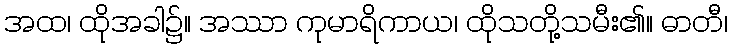
အထ၊ ထိုအခါ၌။ အဿာ ကုမာရိကာယ၊ ထိုသတို့သမီး၏။ ဓာတီ၊